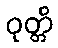
ဝုတ္တိ